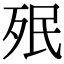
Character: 𣧟